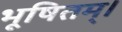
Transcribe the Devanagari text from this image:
भूषितम्।